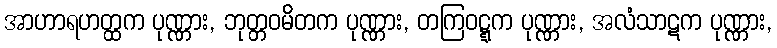
အာဟာရဟတ္ထက ပုဏ္ဏား, ဘုတ္တဝမိတက ပုဏ္ဏား, တကြဝဋ္ဋက ပုဏ္ဏား, အလံသာဋက ပုဏ္ဏား,